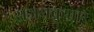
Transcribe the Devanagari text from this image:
संजयकुमार